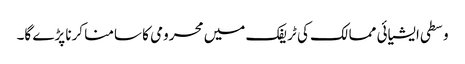
وسطی ایشیائی ممالک کی ٹریفک میں محرومی کا سامنا کرنا پڑے گا۔